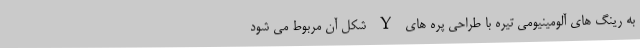
به رینگ های آلومینیومی تیره با طراحی پره های Y شکل آن مربوط می شود